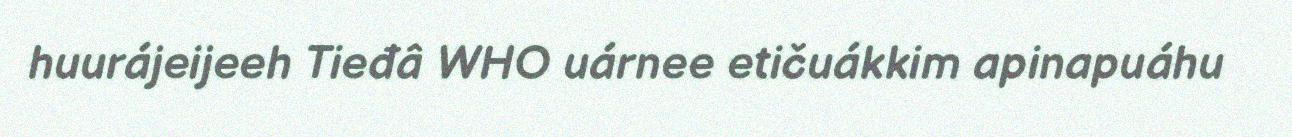
huurájeijeeh Tieđâ WHO uárnee etičuákkim apinapuáhu